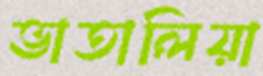
ভাতালিয়া